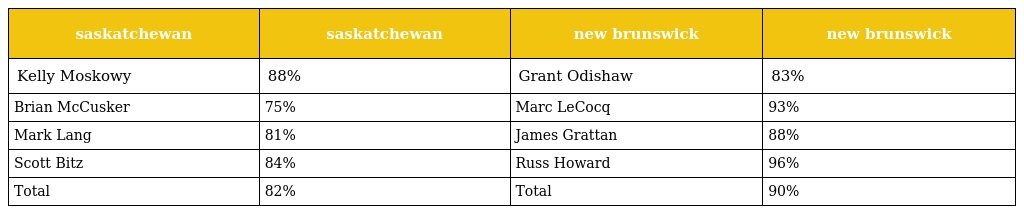
| saskatchewan | saskatchewan | new brunswick | new brunswick |
 | --- | --- | --- | --- |
 | Kelly Moskowy | 88% | Grant Odishaw | 83% |
 | Brian McCusker | 75% | Marc LeCocq | 93% |
 | Mark Lang | 81% | James Grattan | 88% |
 | Scott Bitz | 84% | Russ Howard | 96% |
 | Total | 82% | Total | 90% |